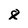
Character: 8